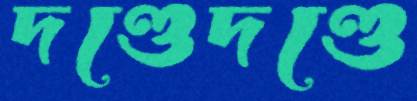
দণ্ডেদণ্ডে